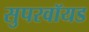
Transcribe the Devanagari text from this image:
सुपरवॉयड